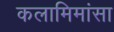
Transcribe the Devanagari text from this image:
कलामिमांसा